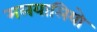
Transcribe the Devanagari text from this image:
मलयालियो